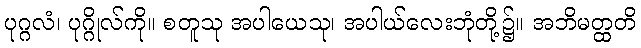
ပုဂ္ဂလံ၊ ပုဂ္ဂိုလ်ကို။ စတူသု အပါယေသု၊ အပါယ်လေးဘုံတို့၌။ အဘိမတ္ထတိ